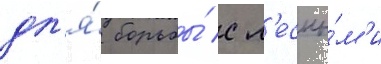
дл'я́ борьбы́ с л'есны́м'и